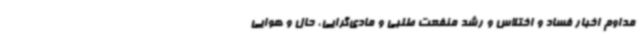
مداوم اخبار فساد و اختلاس و رشد منفعت طلبی و مادی‌گرایی، حال و هوایی